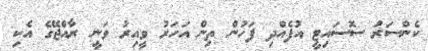
ކެންސަރު ސޮސައިޓީ އުފެއްދި ފަހުން ތިން އަހަރު ވީއިރު ވަނީ ރާއްޖޭގެ އެކި